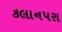
કલાનપરા